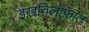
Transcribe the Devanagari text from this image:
इख़तिलाफ़ात